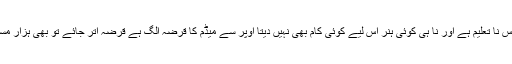
میرے پاس نا تعلیم ہے اور نا ہی کوئی ہنر اس لیے کوئی کام بھی نہیں دیتا اوپر سے میڈم کا قرضہ الگ ہے قرضہ اتر جائے تو بھی ہزار مسئلے ہیں۔